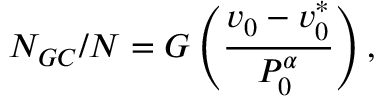
N _ { G C } / N = G \left( \frac { v _ { 0 } - v _ { 0 } ^ { * } } { P _ { 0 } ^ { \alpha } } \right) ,